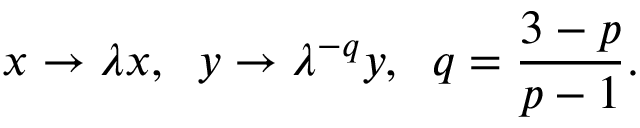
x \to \lambda x , \; \; y \to \lambda ^ { - q } y , \; \; q = \frac { 3 - p } { p - 1 } .